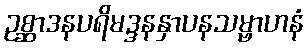
ဥစ္ဆာဒနပရိမဒ္ဒနနှာပနသမ္ဗာဟနံ